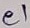
Text: e1